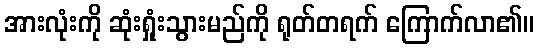
အားလုံးကို ဆုံးရှုံးသွားမည်ကို ရုတ်တရက် ကြောက်လာ၏။